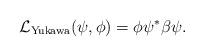
LaTeX: \begin{align*} \mathcal L_{\mathrm{Yukawa}}(\psi,\phi) = \phi \psi^* \beta \psi .\end{align*}